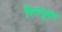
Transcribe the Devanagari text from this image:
पित्तयुक्त